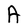
Character: A